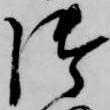
御